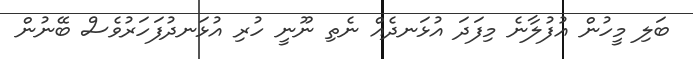
ބަލި މީހުން އުފުލާނެ މިފަދަ އުޅަނދެއް ނެތި ނޫނީ ހުރި އުޅަނދުފަހަރުވެސް ބޭނުން